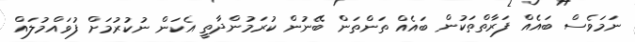
ނަމަވެސް ބައެއް ފަރާތްތަކުން ބައެއް ތަންތަން ބޭނުން ކުރަމުންދާތީ އެކަން ނުކުރުމަށްް ފުވައްމުލައް